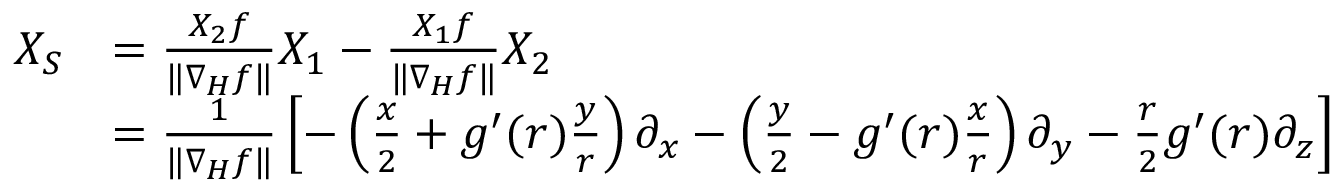
\begin{array} { r l } { X _ { S } } & { = \frac { X _ { 2 } f } { \| \nabla _ { H } f \| } X _ { 1 } - \frac { X _ { 1 } f } { \| \nabla _ { H } f \| } X _ { 2 } } \\ & { = \frac { 1 } { \| \nabla _ { H } f \| } \left[ - \left( \frac { x } { 2 } + g ^ { \prime } ( r ) \frac { y } { r } \right) \partial _ { x } - \left( \frac { y } { 2 } - g ^ { \prime } ( r ) \frac { x } { r } \right) \partial _ { y } - \frac { r } { 2 } g ^ { \prime } ( r ) \partial _ { z } \right] } \end{array}